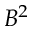
B ^ { 2 }